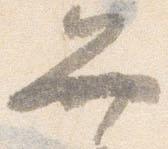
弁